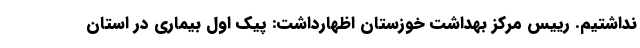
نداشتیم. رییس مرکز بهداشت خوزستان اظهارداشت: پیک اول بیماری در استان